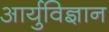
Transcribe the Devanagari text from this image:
आर्युविज्ञान